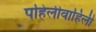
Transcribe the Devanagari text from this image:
पहिलीवाहिली